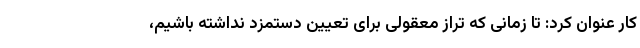
کار عنوان کرد: تا زمانی که تراز معقولی برای تعیین دستمزد نداشته باشیم،